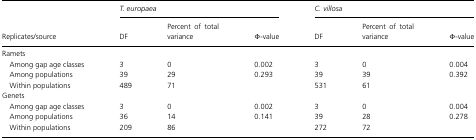
<table><thead><tr><td></td><td colspan="3"><b><i>T. europaea</i></b></td><td colspan="3"><b><i>C. villosa</i></b></td></tr><tr><td><b>Replicates/source</b></td><td><b>DF</b></td><td><b>Percent of total variance</b></td><td><b>Φ-value</b></td><td><b>DF</b></td><td><b>Percent of total variance</b></td><td><b>Φ-value</b></td></tr></thead><tbody><tr><td colspan="7">Ramets</td></tr><tr><td> Among gap age classes</td><td>3</td><td>0</td><td>0.002</td><td>3</td><td>0</td><td>0.004</td></tr><tr><td> Among populations</td><td>39</td><td>29</td><td>0.293</td><td>39</td><td>39</td><td>0.392</td></tr><tr><td> Within populations</td><td>489</td><td>71</td><td></td><td>531</td><td>61</td><td></td></tr><tr><td colspan="7">Genets</td></tr><tr><td> Among gap age classes</td><td>3</td><td>0</td><td>0.002</td><td>3</td><td>0</td><td>0.004</td></tr><tr><td> Among populations</td><td>36</td><td>14</td><td>0.141</td><td>39</td><td>28</td><td>0.278</td></tr><tr><td> Within populations</td><td>209</td><td>86</td><td></td><td>272</td><td>72</td><td></td></tr></tbody></table>